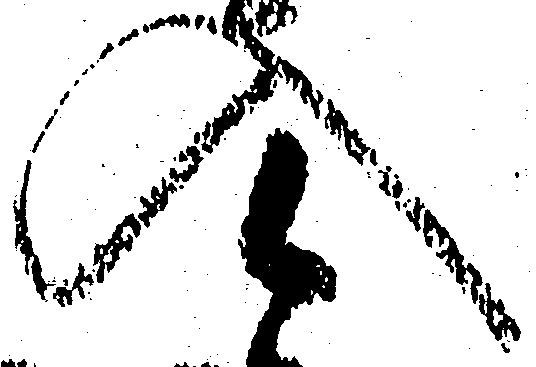
入